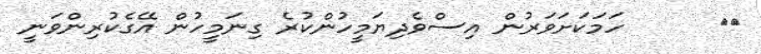
٧١      ހަމަކަށަވަރުން އިސްވެދިޔަމީހުންކުރެ ގިނަމީހުން އޭގެކުރިންވަނީ